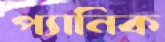
প্যানিক